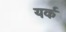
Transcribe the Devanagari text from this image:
यर्क